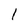
Character: 1